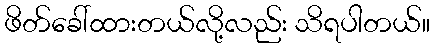
ဖိတ်ခေါ်ထားတယ်လို့လည်း သိရပါတယ်။